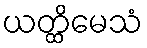
ယတ္ထိမေသံ